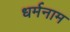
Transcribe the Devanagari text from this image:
धर्मनाम